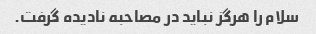
سلام را هرگز نباید در مصاحبه نادیده گرفت.